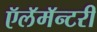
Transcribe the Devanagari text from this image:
ऍलॅमॅन्टरी